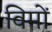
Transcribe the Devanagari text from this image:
विमों